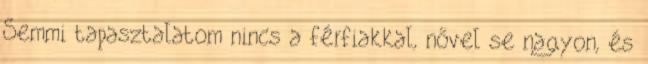
Semmi tapasztalatom nincs a férfiakkal, nővel se nagyon, és